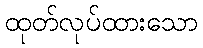
ထုတ်လုပ်ထားသော